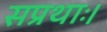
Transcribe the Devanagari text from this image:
सप्रथाः।